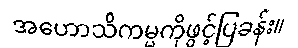
အဟောသိကမ္မကိုဖွင့်ပြခန်း။